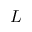
L